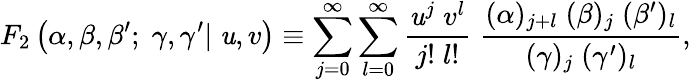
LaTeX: F_{2}\left(\alpha,\beta,\beta^{\prime};\; \gamma,\gamma^{\prime}|\; \mathit{u},v\right)\equiv\sum_{j=0}^{\infty}\sum_{l=0}^{\infty}\frac{{\mathit{u}^{j}\; v^{l}}}{{j!\; l!}}\; \frac{{(\alpha)_{j+l}\; (\beta)_{j}\; (\beta^{\prime})_{l}}}{{(\gamma)_{j}\; (\gamma^{\prime})_{l}}},